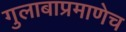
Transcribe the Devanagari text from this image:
गुलाबाप्रमाणेच